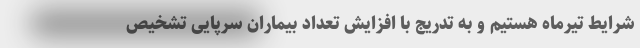
شرایط تیرماه هستیم و به تدریج با افزایش تعداد بیماران سرپایی تشخیص